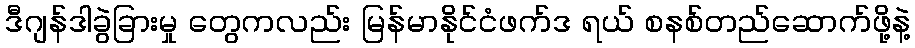
ဒီဂျန်ဒါခွဲခြားမှု တွေကလည်း မြန်မာနိုင်ငံဖက်ဒ ရယ် စနစ်တည်ဆောက်ဖို့နဲ့